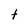
Character: t